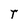
Character: T